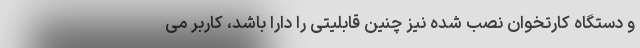
و دستگاه کارتخوان نصب شده نیز چنین قابلیتی را دارا باشد، کاربر می